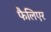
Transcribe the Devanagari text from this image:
फैलिएर